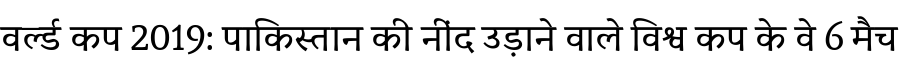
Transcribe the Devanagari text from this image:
वर्ल्ड कप 2019: पाकिस्तान की नींद उड़ाने वाले विश्व कप के वे 6 मैच